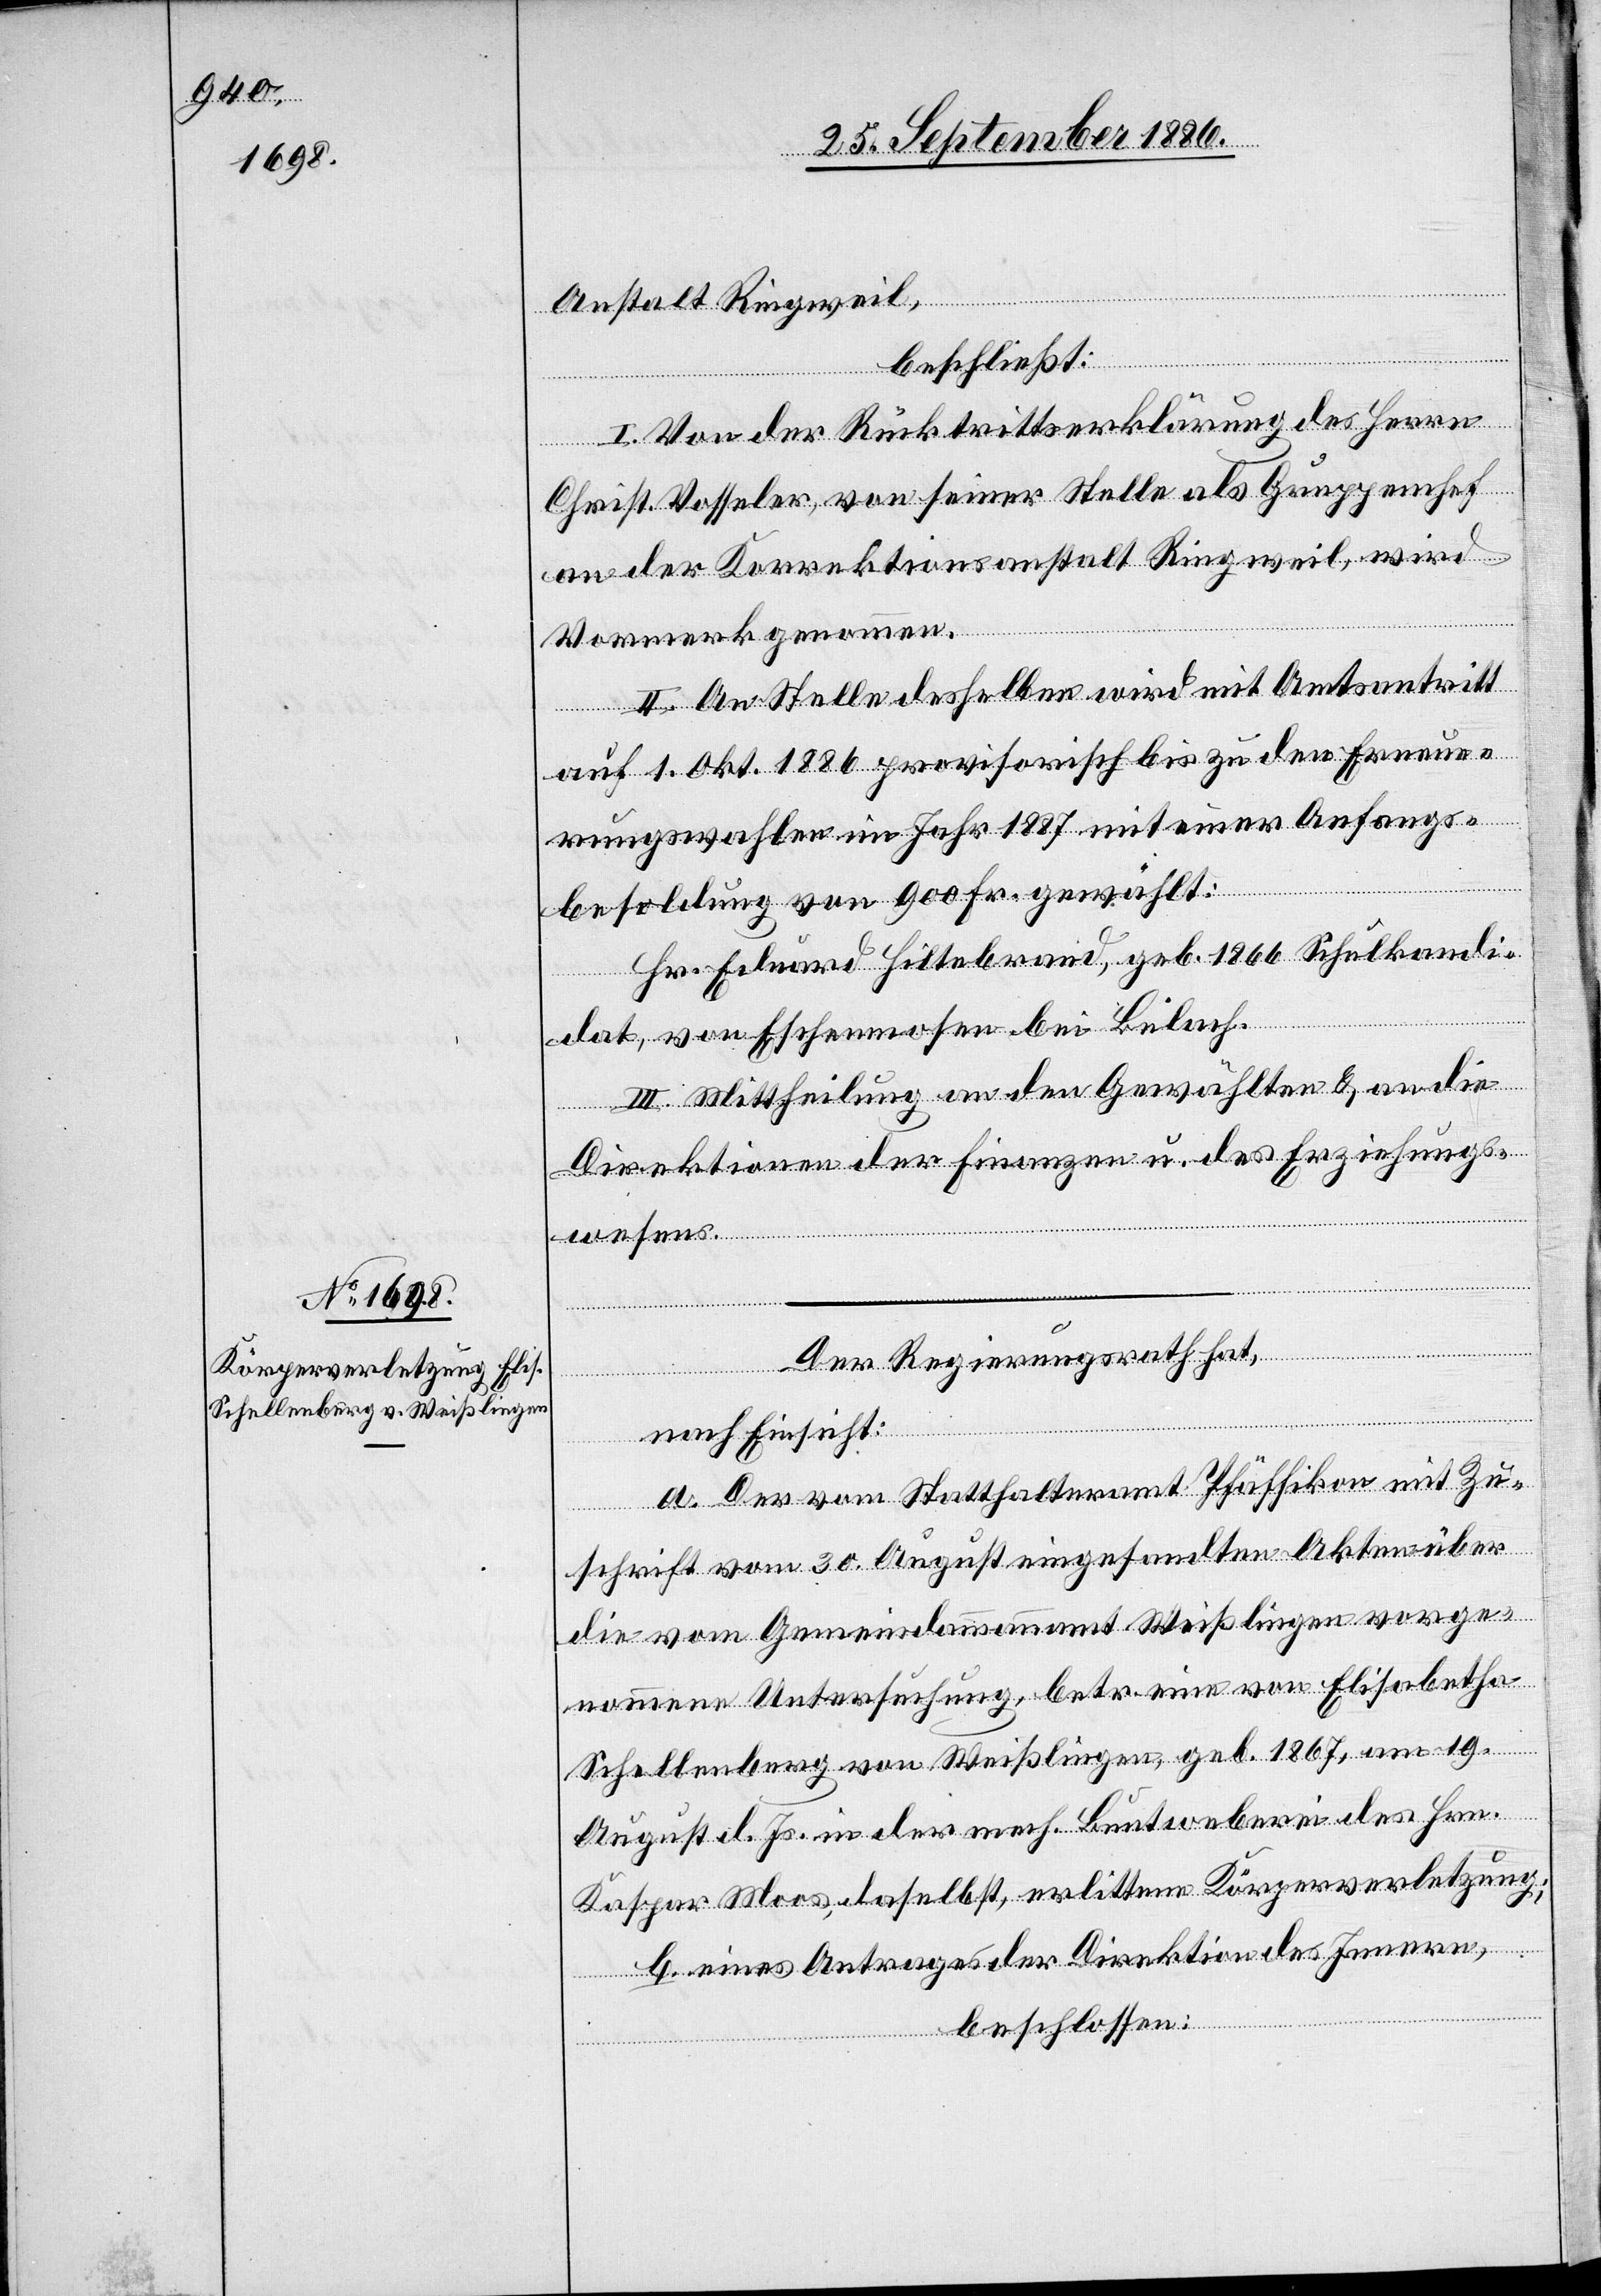
Anstalt Ringweil,
beschließt:
I. Von der Rücktrittserklärung des Herrn
Christ. Vosseler, von seiner Stelle als Gruppenchef
an der Korrektionsanstalt Ringweil, wird
Vormerk genommen.
II. An Stelle desselben wird mit Amtsantritt
auf 1. Okt. 1886 provisorisch bis zu den Erneue¬
rungswahlen im Jahr 1887 mit einer Anfangs¬
besoldung von 900 Fr. gewählt:
Hr. Eduard Hiltebrand, geb. 1866 Schulkandi¬
dat, von Eschenmosen bei Bülach.
III. Mittheilung an den Gewählten & an die
Direktionen der Finanzen & des Erziehungs¬
wesens.
Der Regierungsrath hat,
nach Einsicht:
a. Der vom Statthalteramt Pfäffikon mit Zu¬
schrift vom 30. August eingesandten Akten über
die vom Gemeindammannamt Weißlingen vorge¬
nommene Untersuchung, betr. eine von Elisabetha
Schellenberg von Weißlingen, geb. 1867, am 19.
August d. Js. in der mech. Buntweberei des Hrn.
Kaspar Moos, daselbst, erlittene Körperverletzung;
b. eines Antrages der Direktion des Innern,
beschlossen: